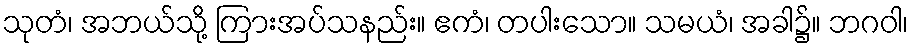
သုတံ၊ အဘယ်သို့ ကြားအပ်သနည်း။ ဧကံ၊ တပါးသော။ သမယံ၊ အခါ၌။ ဘဂဝါ၊